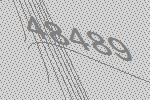
48489